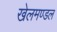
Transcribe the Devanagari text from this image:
खेलमण्डल